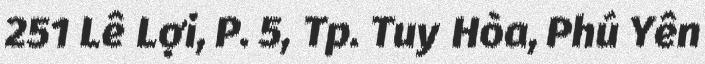
251 Lê Lợi, P. 5, Tp. Tuy Hòa, Phú Yên